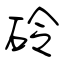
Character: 砱